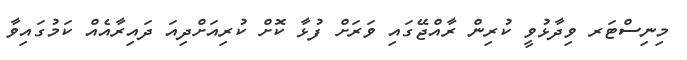
މިނިސްޓަރ ވިދާޅުވީ ކުރިން ރާއްޖޭގައި ވަރަށް ފުޅާ ކޮށް ކުރިއަށްދިއަ ދައިރާއެއް ކަމުގައިވާ